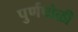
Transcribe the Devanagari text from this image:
पुर्णपोळी